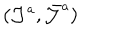
\left( \mathcal { J } ^ { a } , \bar { \mathcal { J } } ^ { a } \right) \,